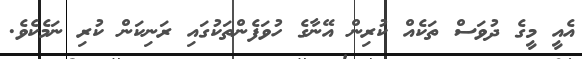
އެއީ މީގެ ދުވަސް ތަކެއް ކުރިން އޭނާގެ ހުވަފެންތަކުގައި ރަނިކަން ކުރި ނަމެކެވެ.